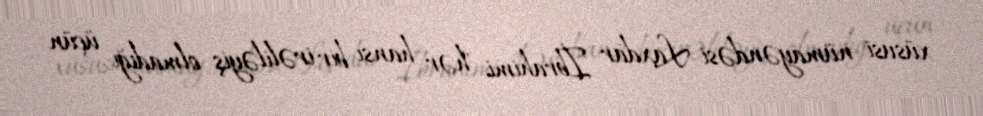
xüsusi nümayəndəsi Laxdar İbrahimi "hər hansı bir irəliləyiş olmadığı üçün